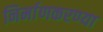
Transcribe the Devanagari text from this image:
निर्माणकरण्या